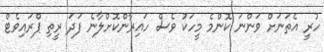
ހުރީ އެތަނަށް ވަންނަ ކޮންމެ މީހަކު ވެސް ހައިރާންކޮށްލާނެ ފަދަ ރީތި ޕްރައިވެޓް